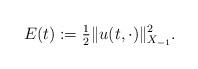
LaTeX: \begin{align*} E(t) := \tfrac{1}{2} \|u(t, \cdot)\|_{X_{-1}}^{2}. \end{align*}